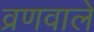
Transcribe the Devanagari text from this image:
व्रणवाले